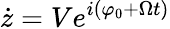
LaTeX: \dot{z}=Ve^{i(\varphi_{0}+\Omega t)}